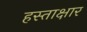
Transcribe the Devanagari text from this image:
हस्ताक्षार